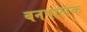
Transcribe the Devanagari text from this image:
बनपालक